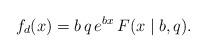
LaTeX: \begin{align*}f_d(x) = b \, q \, e^{b x} \, F(x \mid b, q).\end{align*}